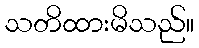
သတိထားမိသည်။